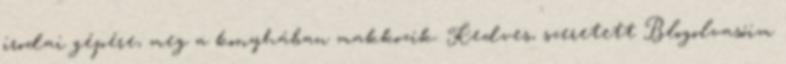
irodai gépére, meg a konyhában makkozik. Kedves, szeretett Blogolvasóim